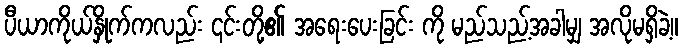
ပီယာကိုယ်နှိုက်ကလည်း ၎င်းတို့၏ အရေးပေးခြင်း ကို မည်သည့်အခါမျှ အလိုမရှိခဲ့။